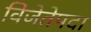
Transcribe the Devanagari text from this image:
विजेतेपदा